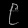
Digit: ၉